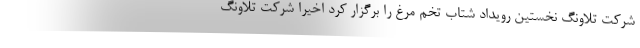
شرکت تلاونگ نخستین رویداد شتاب تخم مرغ را برگزار کرد اخیرا شرکت تلاونگ